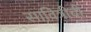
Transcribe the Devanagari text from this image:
सावित्रीची